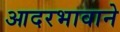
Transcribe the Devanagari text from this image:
आदरभावाने